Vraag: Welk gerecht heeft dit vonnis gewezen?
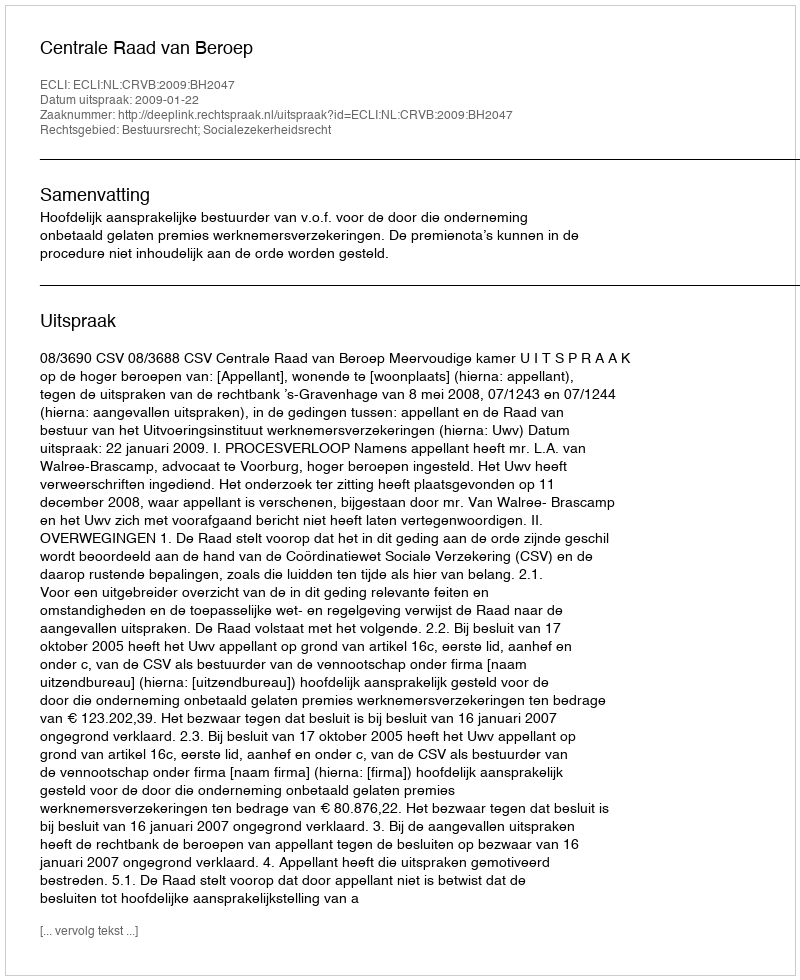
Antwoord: Centrale Raad van Beroep